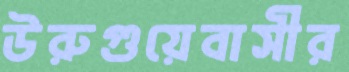
উরুগুয়েবাসীর